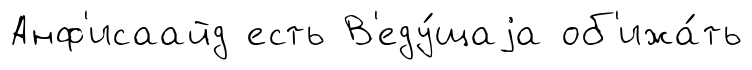
Анф'исаайд есть В'еду́щаjа об'ижа́ть